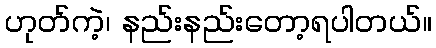
ဟုတ်ကဲ့၊ နည်းနည်းတော့ရပါတယ်။